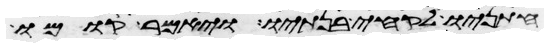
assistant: חתניו לקחי בנתיו ויאמר קומו